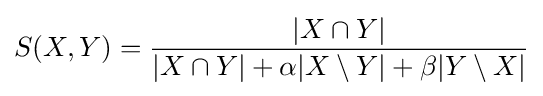
S(X,Y)={\frac {|X\cap Y|}{|X\cap Y|+\alpha |X\setminus Y|+\beta |Y\setminus X|}}